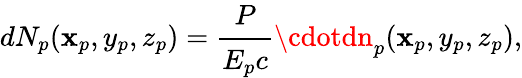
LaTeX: dN_{p}(\mathbf{x}_{p},y_{p},z_{p})=\cfrac{P}{E_{p}c}\cdotdn_{p}(\mathbf{x}_{p},y_{p},z_{p}),